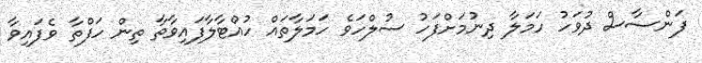
ފަންސާސް ދުވަހު ހަމަލާ ދިނުމަށްފަހު ސުލްހަވެ ހަމަލާތައް ހުއްޓާލާފައިވާތާ ތިން ހަފްތާ ވެފައިވާ